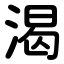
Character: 渴